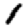
Digit: 1